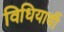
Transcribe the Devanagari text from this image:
विधियार्थी